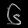
Digit: ၆